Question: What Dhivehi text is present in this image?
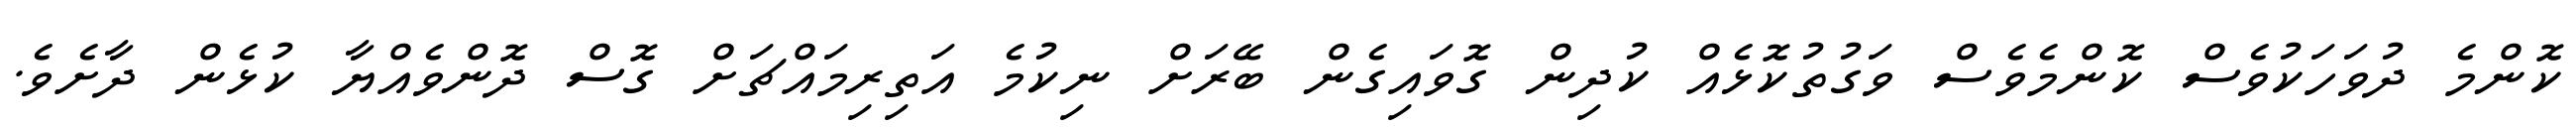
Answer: ކޮންމެ ދުވަހަކުވެސް ކޮންމެވެސް ވަގުތުކޮޅެއް ކުދިން ގޮވައިގެން ބޭރަށް ނިކުމެ އަތިރިމައްޗަށް ގޮސް ދޮންވެއްޔާ ކުޅެން ދާށެވެ.